Vaccination in the Punjab 1905-1918 - 1905-1918
Year: 1905
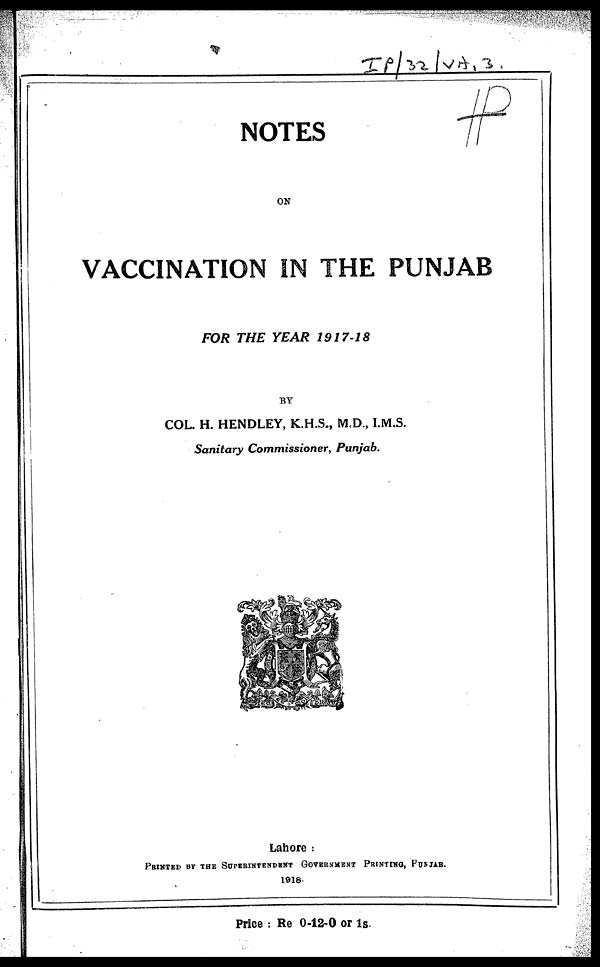
NOTES
ON
VACCINATION IN THE PUNJAB
FOR THE YEAR 1917-18
BY
COL. H. HENDLEY, K.H.S., M.D., I.M.S.
Sanitary Commissioner,
Punjab.
Lahore :
PRINTED BY THE SUPERINTENDENT GOVERNMENT PRINTING, PUNJAB.
1918.
Price : Re 0-12-0 or 1s.